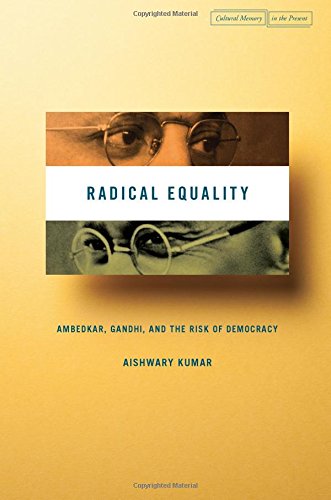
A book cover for Radical Equality: Ambedkar, Gandhi, and the Risk of Democracy (Cultural Memory in the Present); Aishwary Kumar; Religion & Spirituality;